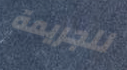
للجريمة